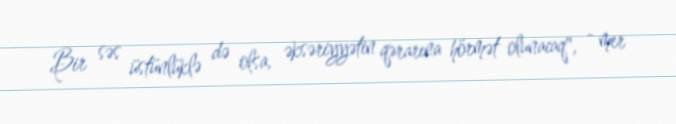
Bir səs üstünlüklə də olsa, əksəriyyətin qərarına hörmət olunacaq", - mer